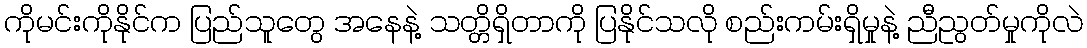
ကိုမင်းကိုနိုင်က ပြည်သူတွေ အနေနဲ့ သတ္တိရှိတာကို ပြနိုင်သလို စည်းကမ်းရှိမှုနဲ့ ညီညွတ်မှုကိုလဲ